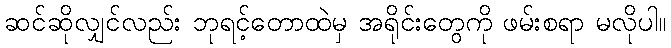
ဆင်ဆိုလျှင်လည်း ဘုရင့်တောထဲမှ အရိုင်းတွေကို ဖမ်းစရာ မလိုပါ။